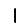
Digit: 1